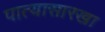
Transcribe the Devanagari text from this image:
पात्यासारखा